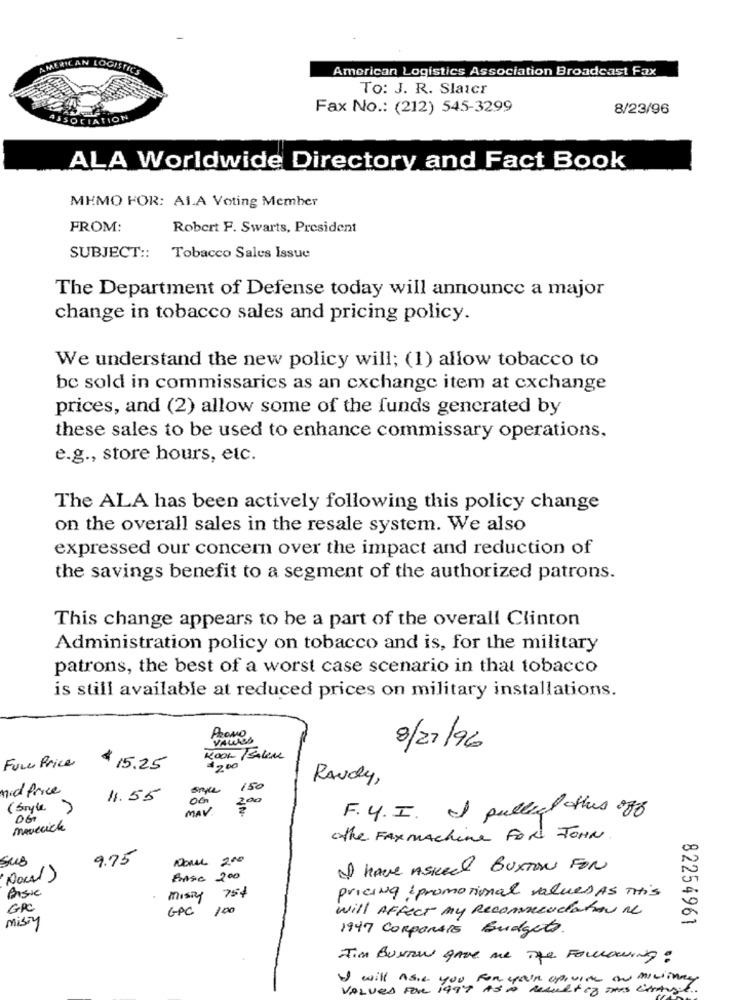
AMERICAN LOGISTICS
American Logistics Association Broadcast Fax
To: J. R. Slaicr
Fax No .: (212) 545-3299
8/23/96
ION
ALA Worldwide Directory and Fact Book
MEMO FOR: A1.A Voting Member
FROM:
Robert F. Swarts, President
SUBJECT ::
Tobacco Sales Issue
The Department of Defense today will announce a major
change in tobacco sales and pricing policy.
We understand the new policy will; (1) allow tobacco to
be sold in commissaries as an exchange item at exchange
prices, and (2) allow some of the funds generated by
these sales to be used to enhance commissary operations,
e.g ., store hours, etc.
The ALA has been actively following this policy change
on the overall sales in the resale system. We also
expressed our concern over the impact and reduction of
the savings benefit to a segment of the authorized patrons.
This change appears to be a part of the overall Clinton
Administration policy on tobacco and is, for the military
patrons, the best of a worst case scenario in that tobacco
is still available at reduced prices on military installations.
VALLES
Promo,
8/21/96
Fone Price
KOOL /BALem
$ 15.25
200
RAudy,
mid Price
once
150
1.55
0G
200
(boyle )
MAV.
A
F. 4. I. I pulled this off
maverick
the FAXmachine FOR JOHN
sus
9.75
DOMU 200
I have Asked BuxTon FOR
BASE 200
Basic
MISTY 75$
pricing : promotional values As THIS
GPC
GPC 100
will AFFECT my Recommendation Re
misty
82254961
1947 CORPORATE Budgets.
Tim BURTON give me The Following :
I will Asie you for your opivite an millinay
VALUED FOR 1994 AS A Result of THE Strange ..